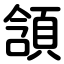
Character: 頷